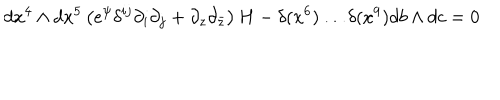
d x ^ { 4 } \wedge d x ^ { 5 } \left( e ^ { \psi } \delta ^ { i j } \partial _ { i } \partial _ { j } + \partial _ { z } \partial _ { \bar { z } } \right) H - \delta ( x ^ { 6 } ) \ldots \delta ( x ^ { 9 } ) d b \wedge d c = 0